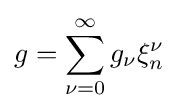
g=\sum _{\nu =0}^{\infty }g_{\nu }\xi _{n}^{\nu }